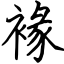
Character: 褖